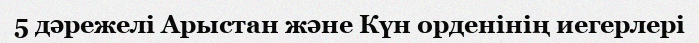
5 дәрежелі Арыстан және Күн орденінің иегерлері